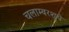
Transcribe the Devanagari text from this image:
चलाम्बरशुचे